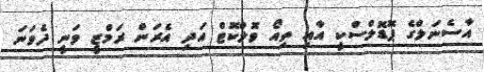
އާސެނަލްގެ ޕޮޑޮލްސްކީ އާއި ތިއޯ ވޮލްކޮޓް އަދި އެރަން ރަމްޒީ ވަނީ ދެވަނަ